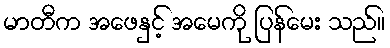
မာတီက အဖေနှင့် အမေကို ပြန်မေး သည်။